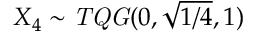
X _ { 4 } \sim \mathit { T Q G } ( 0 , \sqrt { { 1 } / { 4 } } , 1 )